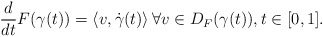
\begin{align*}\frac{d}{d t} F(\gamma(t)) = \left\langle v, \dot{\gamma}(t) \right\rangle\forall v \in D_F(\gamma(t)), t \in [0,1].\end{align*}